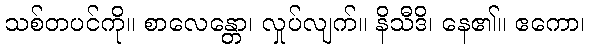
သစ်တပင်ကို။ စာလေန္တော၊ လှုပ်လျက်။ နိသီဒိ၊ နေ၏။ ဧကော၊